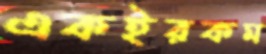
একইরকম